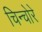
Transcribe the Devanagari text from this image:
चिन्चोरे